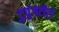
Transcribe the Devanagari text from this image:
टुपुंगटीटो